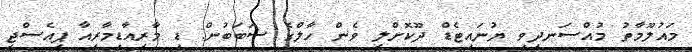
މައުލޫމާތު މުއްސަނދިވި ޔުނައިޓެޑް ދޫކޮށްލީ ވެން ހާލްގެ ސަބަބުން: ޑި މާރިއާޑިމާރިއާ ޕީއެސްޖީ